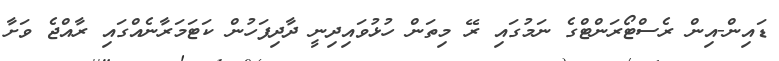
ޑައިން-އިން ރެސްޓޯރަންޓްގެ ނަމުގައި ރޭ މިތަން ހުޅުވައިދިނީ ދާދިފަހުން ކަޓަމަރާނެއްގައި ރާއްޖެ ވަށާ